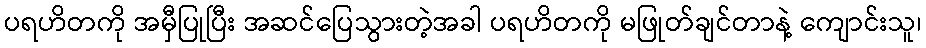
ပရဟိတကို အမှီပြုပြီး အဆင်ပြေသွားတဲ့အခါ ပရဟိတကို မဖြုတ်ချင်တာနဲ့ ကျောင်းသူ၊